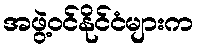
အဖွဲ့ဝင်နိုင်ငံများက